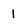
Character: 1